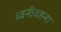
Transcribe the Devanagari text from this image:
ध्वनीवहना